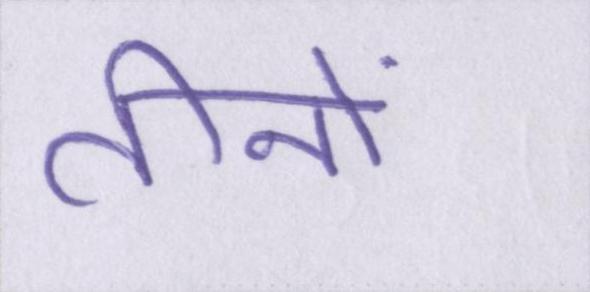
तीनों